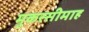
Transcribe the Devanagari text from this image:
मुकस्सीमाह